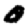
Digit: 0